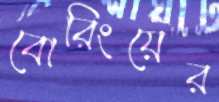
বোরিংয়ের